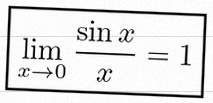
\lim_{x\to0}\frac{\sin x}{x}=1